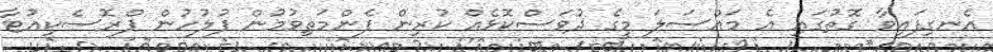
އެނގިފައިވާ ގޮތުގައި އެ މައްސަލަ މީގެ ދުވަސްކޮޅެއް ކުރިން ފެންމަތިވުމުން ފުލުހުން ޕްރޮސެކިއުޓާ